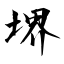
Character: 堺